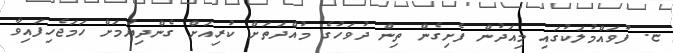
ޏ. ފުވައްމުލަކުގައި މިއަދުން ފެށިގެން ތިން ދުވަހުގެ މުއްދަތަށް ކުރިއަށް ގެންދިޔުމަށް ހަމަޖެހިފައިވާ